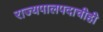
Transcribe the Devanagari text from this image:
राज्यपालपदाचीही